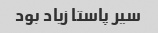
سیر پاستا زیاد بود